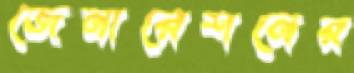
জেনারেশনের